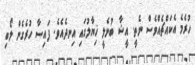
ހުރެމެ އެކައްޗެއްވެސް ނެތީ. އީޝާ ބުނެލީ ޚިޔާލުގައި އިނދެއެވެ. ފައިސާ ހުރެގެން ލޯބި